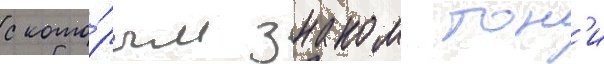
с кото́рым знаком тон'и